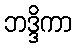
ဘဒ္ဒိကာ